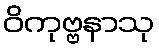
ဝိကုဗ္ဗနာသု